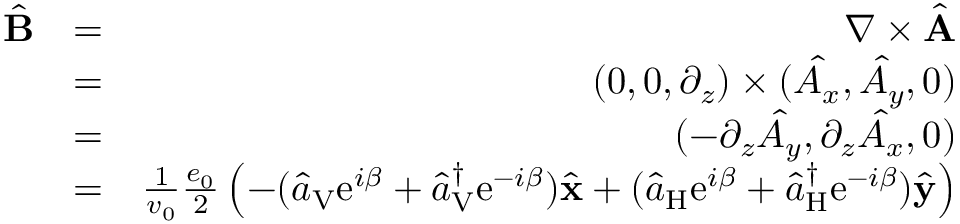
\begin{array} { r l r } { \hat { \bf B } } & { = } & { \nabla \times \hat { \bf A } } \\ & { = } & { ( 0 , 0 , \partial _ { z } ) \times ( \hat { A _ { x } } , \hat { A _ { y } } , 0 ) } \\ & { = } & { ( - \partial _ { z } \hat { A _ { y } } , \partial _ { z } \hat { A _ { x } } , 0 ) } \\ & { = } & { \frac { 1 } { v _ { 0 } } \frac { e _ { 0 } } { 2 } \left( - ( \hat { a } _ { \mathrm { V } } \mathrm { e } ^ { i \beta } + \hat { a } _ { \mathrm { V } } ^ { \dagger } \mathrm { e } ^ { - i \beta } ) \hat { \bf x } + ( \hat { a } _ { \mathrm { H } } \mathrm { e } ^ { i \beta } + \hat { a } _ { \mathrm { H } } ^ { \dagger } \mathrm { e } ^ { - i \beta } ) \hat { \bf y } \right) } \end{array}